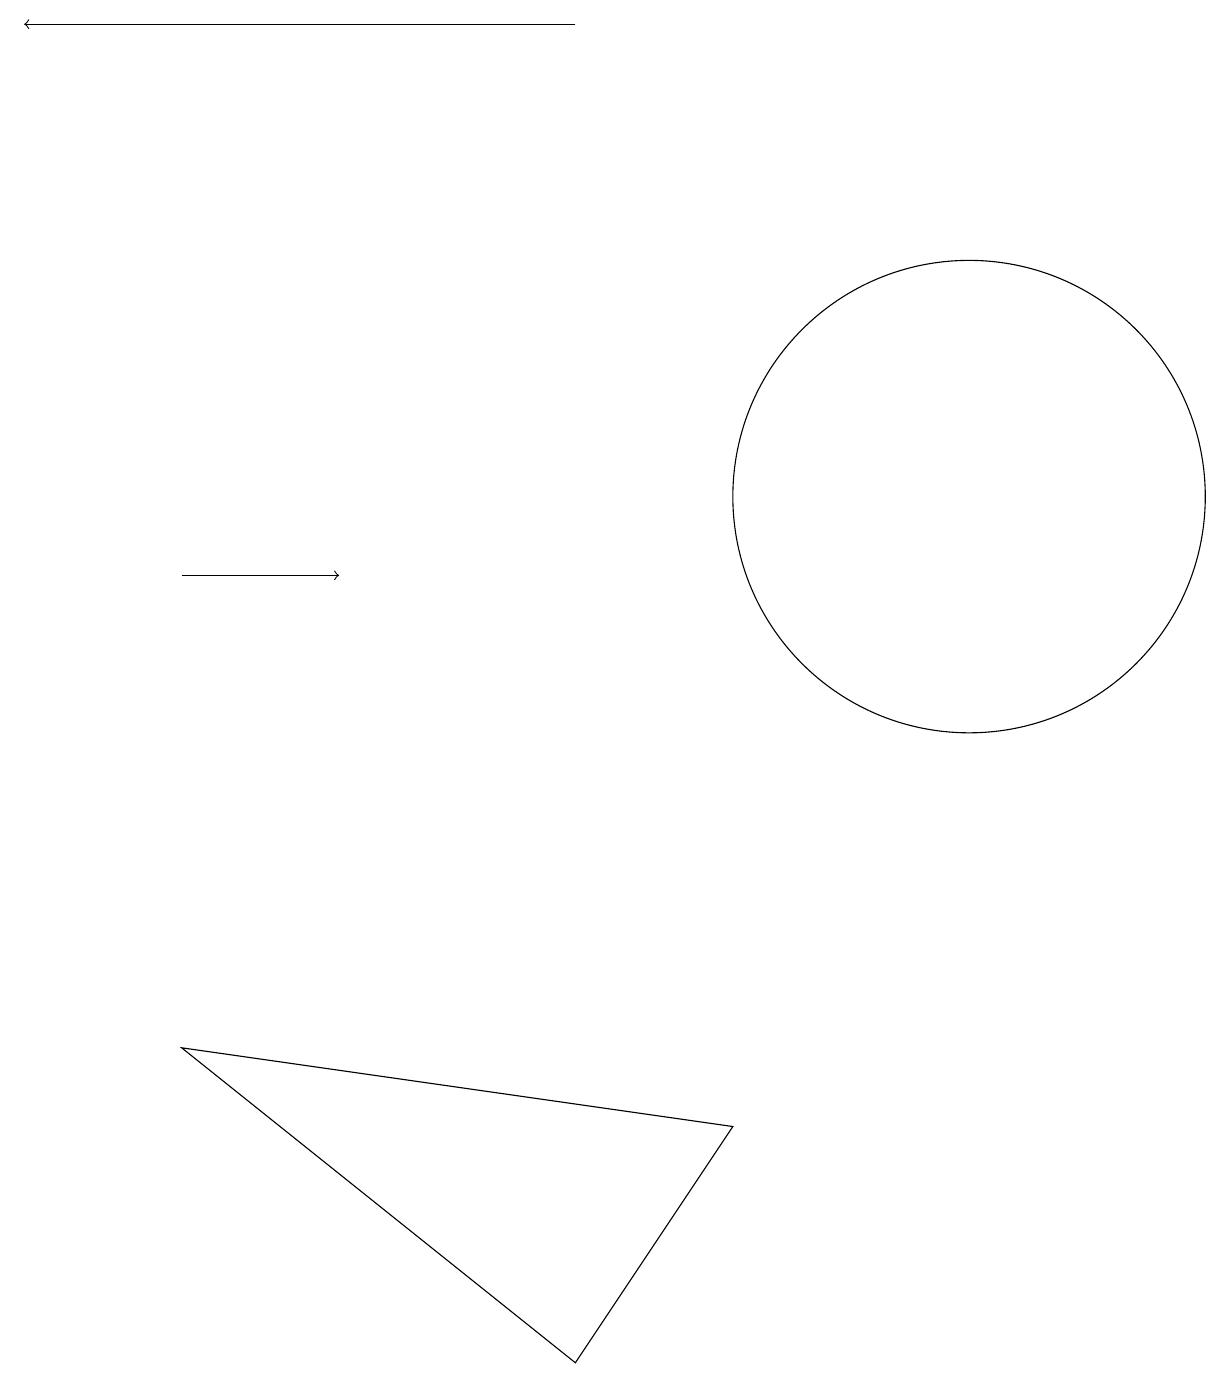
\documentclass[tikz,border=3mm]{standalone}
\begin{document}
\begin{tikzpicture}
\draw (2,5) -- (9,4) -- (7,1) -- cycle;
\draw (12,12) circle (3);
\draw[->] (7,18) -- (0,18);
\draw[->] (2,11) -- (4,11);
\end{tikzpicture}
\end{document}